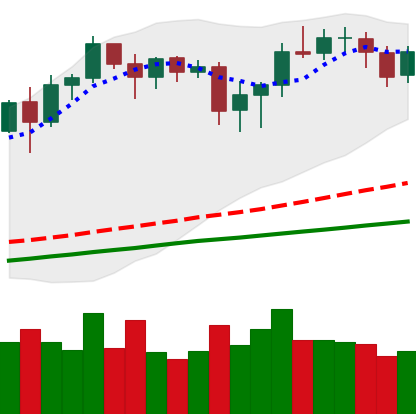
Ticker: BNB-USD
Chart end date: 2020-08-20
Forward return: -7.003%
Label: down_7plus